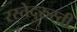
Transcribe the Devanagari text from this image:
रस्तेदुरुस्ती